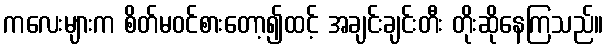
ကလေးများက စိတ်မဝင်စားတော့၍ထင့် အချင်းချင်းတီး တိုးဆိုနေကြသည်။